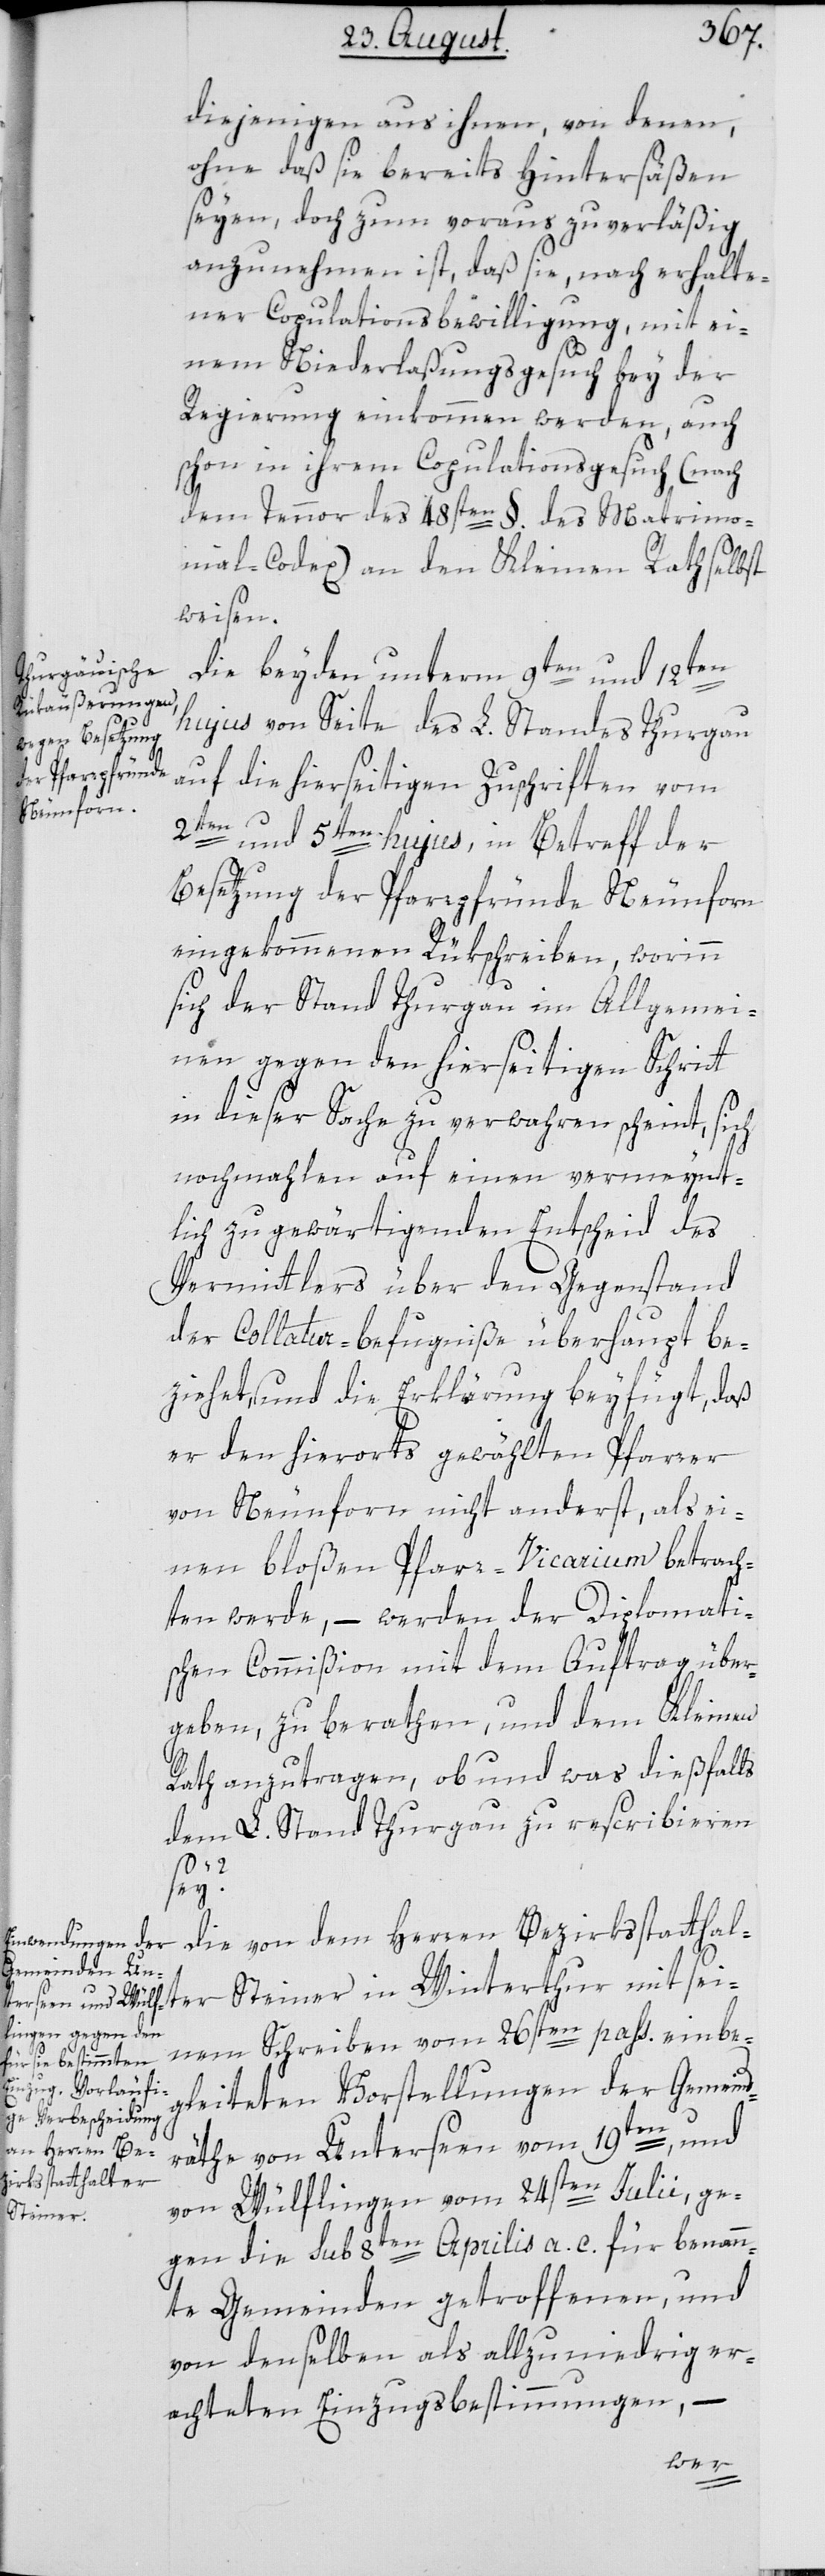
diejenigen aus ihnen, von denen,
ohne daß sie bereits Hintersäßen
seyen, doch zum Voraus zuverläßig
anzunehmen ist, daß sie, nach erhalte¬
ner Copulationsbewilligung, mit ei¬
nem Niederlaßungsgesuch bey der
Regierung einkommen werden, auch
schon in ihrem Copulationsgesuch (nach
dem Tenor des 48sten §. des Matrimo¬
nial-Codex) an den Kleinen Rath selbst
weisen.
Die beyden unterm 9ten und 12ten
hujus von Seite des L. Standes Thurgau
auf die hierseitigen Zuschriften vom
2ten und 5ten hujus, in Betreff der
Besetzung der Pfarrpfründe Neunforn
eingekommenen Rükschreiben, worinn
sich der Stand Thurgau im Allgemei¬
nen gegen den hierseitigen Schritt
in dieser Sache zu verwahren scheint, sich
nochmahlen auf einen vermeynt¬
lich zu gewärtigenden Entscheid des
Vermittlers über den Gegenstand
der Collatur-befugniße überhaupt be¬
ziehet, und die Erklärung beyfügt, daß
er den hierorts gewählten Pfarrer
von Neunforn nicht anderst, als ei¬
nen bloßen Pfarr-Vicarium betrach¬
ten werde, – werden der Diplomati¬
schen Commißion mit dem Auftrag über¬
geben, zu berathen, und dem Kleinen
Rath anzutragen, ob und was dießfalls
dem L. Stand Thurgau zu rescribieren
sey?
Die von dem Herren Bezirksstatthal¬
nem Schreiben vom 26sten pass. einbe¬
gleiteten Vorstellungen der Gemeind¬
räthe von Unterseen vom 19ten, und
von Wülflingen vom 24sten Julii, ge¬
Steiner
gen die sub 8ten Aprilis a. c. für benann¬
te Gemeinden getroffenen, und
von denselben als allzuniedrig er¬
achteten Einzugsbestimmungen, –
sei¬